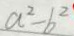
a ^ { 2 } - b ^ { 2 }